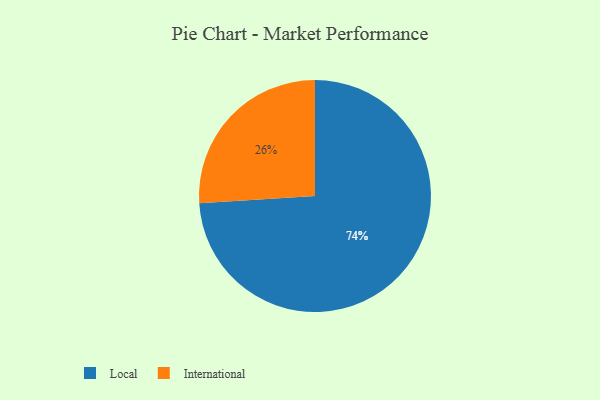
{"axis": {"x": "Category", "y": "Percentage"}, "legend": ["International", "Local"], "data": [{"x": "International", "y": 26, "type": "International"}, {"x": "Local", "y": 74, "type": "Local"}]}